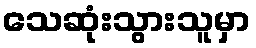
သေဆုံးသွားသူမှာ